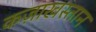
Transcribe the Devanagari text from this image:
कज़ाखस्तान